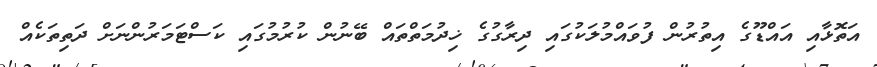
އަތޮޅާއި އައްޑޫގެ އިތުރުން ފުވައްމުލަކުގައި ދިރާގުގެ ޚިދުމަތްތައް ބޭނުން ކުރުމުގައި ކަސްޓަމަރުންނަށް ދަތިތަކެއް